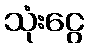
သုံးငွေ